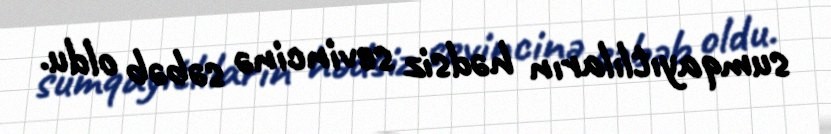
sumqayıtlıların hədsiz sevincinə səbəb oldu.